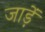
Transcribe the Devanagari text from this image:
जाड़ें